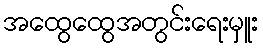
အထွေထွေအတွင်းရေးမှူး